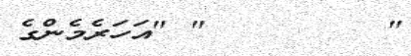
"        " "އަހަރެމެންގެ